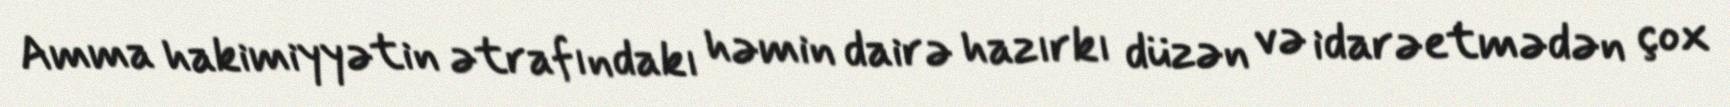
Amma hakimiyyətin ətrafındakı həmin dairə hazırkı düzən və idarəetmədən çox